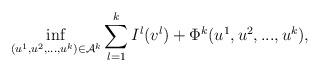
LaTeX: \begin{align*}\inf_{(u^1,u^2,..., u^k)\in \mathcal{A}^k} \sum_{l=1}^{k} I^{l}(v^l)+\Phi^k(u^1, u^2,..., u^k),\end{align*}